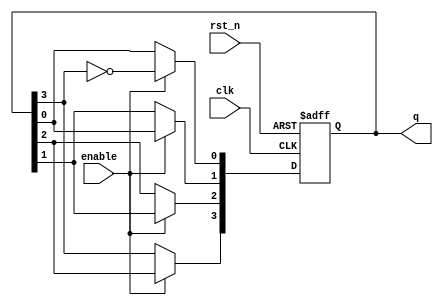
module johnson_counter (
    input wire clk,            // Clock signal
    input wire rst_n,         // Asynchronous reset (active low)
    input wire enable,        // Enable signal
    output reg [3:0] q        // 4-bit output representing the counter state
);

// Asynchronous reset and counting logic
always @(posedge clk or negedge rst_n) begin
    if (!rst_n) begin
        // Reset the counter to 0
        q <= 4'b0000;
    end else if (enable) begin
        // Johnson counter logic
        q[0] <= ~q[3];           // Invert the last flip-flop output and assign to the first
        q[1] <= q[0];            // Shift the state
        q[2] <= q[1];            // Shift the state
        q[3] <= q[2];            // Shift the state
    end
end

endmodule